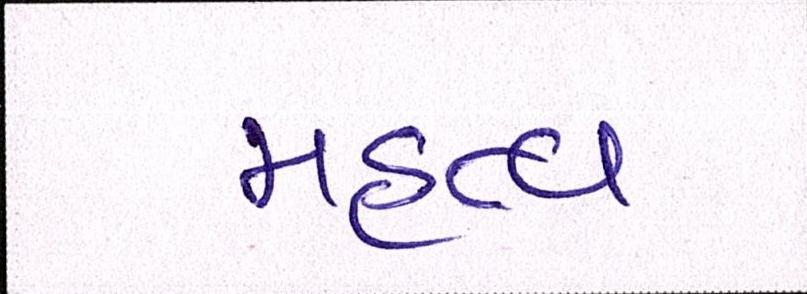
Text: મહત્વ